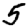
Digit: 5